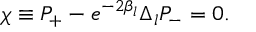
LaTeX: \chi \equiv P _ { + } - e ^ { - 2 \beta _ { l } } \Delta _ { l } P _ { - } = 0 .